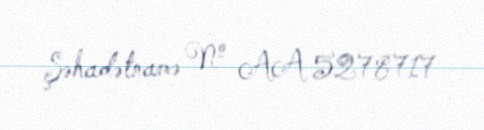
Şəhadətnamə № AA 5278717